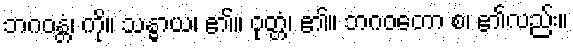
ဘဂဝန္တံ၊ ကို။ သန္ဓာယ၊ ၏။ ဝုတ္တံ၊ ၏။ ဘဂဝတော စ၊ ၏လည်း။